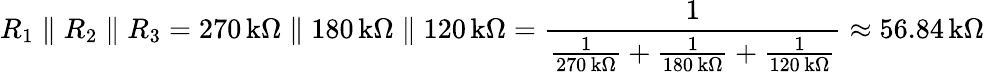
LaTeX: R_{1}\parallel R_{2}\parallel R_{3}=270\, \mathrm{k\Omega}\parallel 180\, \mathrm{k\Omega}\parallel 120\, \mathrm{k\Omega}={\frac{1}{{\frac{1}{270\, \mathrm{k\Omega}}}+{\frac{1}{180\, \mathrm{k\Omega}}}+{\frac{1}{120\, \mathrm{k\Omega}}}}}\approx 56.84\, \mathrm{k\Omega}